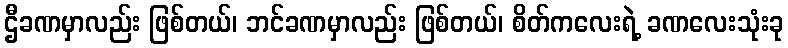
ဌီခဏမှာလည်း ဖြစ်တယ်၊ ဘင်ခဏမှာလည်း ဖြစ်တယ်၊ စိတ်ကလေးရဲ့ ခဏလေးသုံးခု